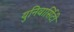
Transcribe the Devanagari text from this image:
युनिवार्सिटी